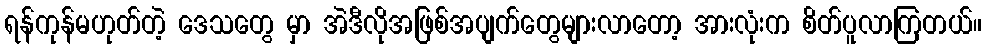
ရန်ကုန်မဟုတ်တဲ့ ဒေသတွေ မှာ အဲဒီလိုအဖြစ်အပျက်တွေများလာတော့ အားလုံးက စိတ်ပူလာကြတယ်။